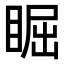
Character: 𥇣